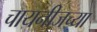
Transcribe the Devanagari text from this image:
चायनीजच्या